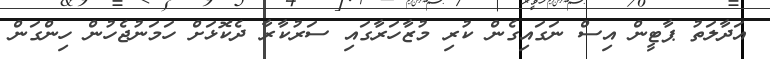
އަދާލަތު ޕާޓީން އިސް ނަގައިގެން ކުރި މުޒާހަރާގައި ސަރުކާރާ ދެކޮޅަށް ހަމަނުޖެހުން ހިންގަން